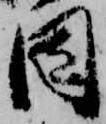
因